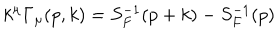
k ^ { \mu } \Gamma _ { \mu } ( p , k ) = S _ { F } ^ { - 1 } ( p + k ) - S _ { F } ^ { - 1 } ( p )